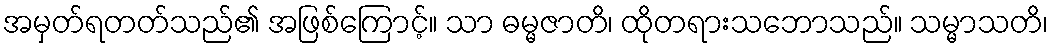
အမှတ်ရတတ်သည်၏ အဖြစ်ကြောင့်။ သာ ဓမ္မဇာတိ၊ ထိုတရားသဘောသည်။ သမ္မာသတိ၊